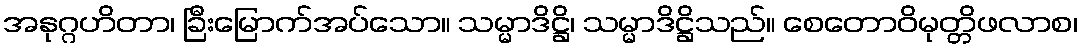
အနုဂ္ဂဟိတာ၊ ခြီးမြောက်အပ်သော။ သမ္မာဒိဋ္ဌိ၊ သမ္မာဒိဋ္ဌိသည်။ စေတောဝိမုတ္တိဖလာစ၊